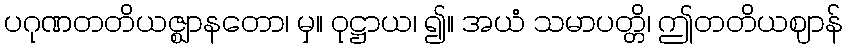
ပဂုဏတတိယဇ္ဈာနတော၊ မှ။ ဝုဋ္ဌာယ၊ ၍။ အယံ သမာပတ္တိ၊ ဤတတိယဈာန်